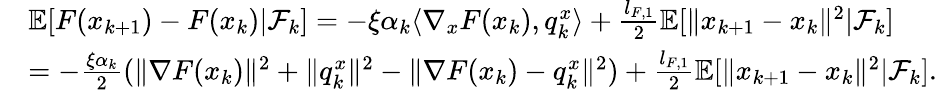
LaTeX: \begin{array}{rl}&{\mathbb{E}[F(x_{k+1})-F(x_{k})|\mathcal{F}_{k}]=-\xi\alpha_{k}\langle\nabla_{x}F(x_{k}),q_{k}^{x}\rangle+\frac{l_{F,1}}{2}\mathbb{E}[\| x_{k+1}-x_{k}\| ^{2}|\mathcal{F}_{k}]}\\ &{=-\frac{\xi\alpha_{k}}{2}(\| \nabla F(x_{k})\| ^{2}+\| q_{k}^{x}\| ^{2}-\| \nabla F(x_{k})-q_{k}^{x}\| ^{2})+\frac{l_{F,1}}{2}\mathbb{E}[\| x_{k+1}-x_{k}\| ^{2}|\mathcal{F}_{k}].}\end{array}